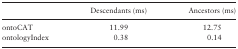
<table><thead><tr><td></td><td><b>Descendants (ms)</b></td><td><b>Ancestors (ms)</b></td></tr></thead><tbody><tr><td>ontoCAT</td><td>11.99</td><td>12.75</td></tr><tr><td>ontologyIndex</td><td>0.38</td><td>0.14</td></tr></tbody></table>